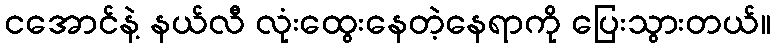
ငအောင်နဲ့ နယ်လီ လုံးထွေးနေတဲ့နေရာကို ပြေးသွားတယ်။